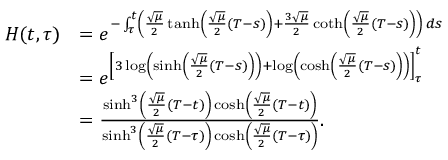
\begin{array} { r l } { H ( t , \tau ) } & { = e ^ { - \int _ { \tau } ^ { t } \left( \frac { \sqrt { \mu } } { 2 } \operatorname { t a n h } \left( \frac { \sqrt { \mu } } { 2 } ( T - s ) \right) + \frac { 3 \sqrt { \mu } } { 2 } \coth \left( \frac { \sqrt { \mu } } { 2 } ( T - s ) \right) \right) \, d s } } \\ & { = e ^ { \left[ 3 \log \left( \sinh \left( \frac { \sqrt { \mu } } { 2 } ( T - s ) \right) \right) + \log \left( \cosh \left( \frac { \sqrt { \mu } } { 2 } ( T - s ) \right) \right) \right] _ { \tau } ^ { t } } } \\ & { = \frac { \sinh ^ { 3 } \left( \frac { \sqrt { \mu } } { 2 } ( T - t ) \right) \cosh \left( \frac { \sqrt { \mu } } { 2 } ( T - t ) \right) } { \sinh ^ { 3 } \left( \frac { \sqrt { \mu } } { 2 } ( T - \tau ) \right) \cosh \left( \frac { \sqrt { \mu } } { 2 } ( T - \tau ) \right) } . } \end{array}